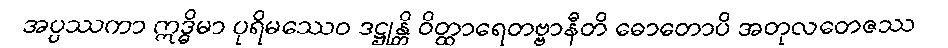
အပ္ပဿကာ ဣဒ္ဓိမာ ပုရိမဿေဝ ဒဋ္ဌုန္တိ ဝိတ္ထာရေတဗ္ဗာနီတိ ဓောတောပိ အတုလတေဇဿ